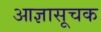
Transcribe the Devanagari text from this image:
आज्ञासूचक